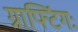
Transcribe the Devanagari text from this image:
ग्राफ्टिंगः